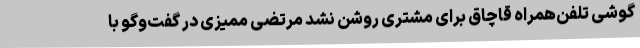
گوشی تلفن‌همراه قاچاق برای مشتری روشن نشد مرتضی ممیزی در گفت‌وگو با